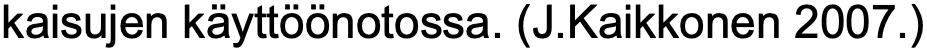
kaisujen käyttöönotossa. (J.Kaikkonen 2007.)